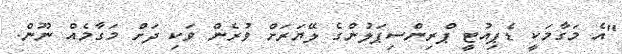
"އެ މަގާމަކީ ޑެޕިއުޓީ ޕްރިންސިޕަލުންގެ ލޭޔަރަށް ވުރެން ވަކި ދަށް މަގާމެއް ނޫން.